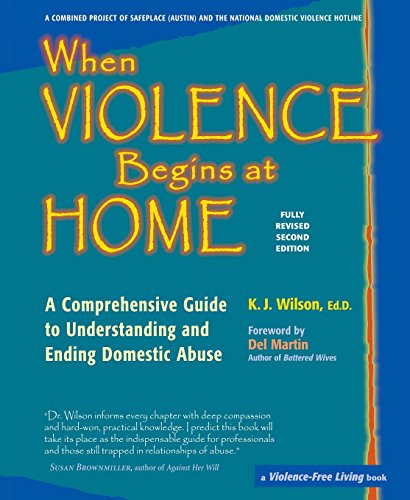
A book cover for When Violence Begins at Home: A Comprehensive Guide to Understanding and Ending Domestic Abuse; K. J. Wilson  Ed.D; Self-Help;